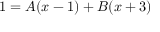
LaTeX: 1 = A ( x - 1 ) + B ( x + 3 )